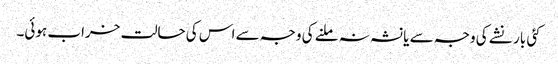
کئی بار نشے کی وجہ سے یا نشہ نہ ملنے کی وجہ سے اس کی حالت خراب ہوئی۔